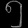
Digit: ၅